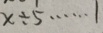
x \div 5 \cdots 1